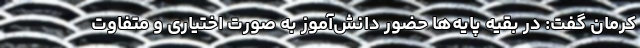
کرمان گفت: در بقیه پایه‌ها حضور دانش‌آموز به صورت اختیاری و متفاوت